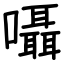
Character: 囁